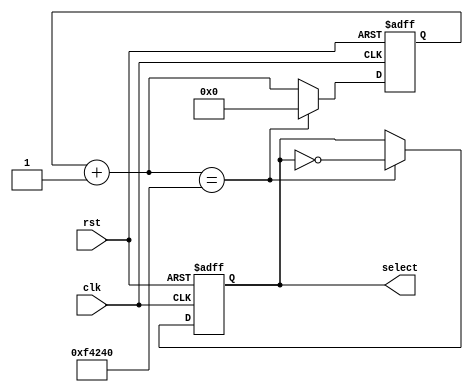
`timescale 1ns / 1ps
//////////////////////////////////////////////////////////////////////////////////
// Company: 
// Engineer: 
// 
// Design Name: 
// Module Name:    GrayCounter_System 
// Project Name: 
// Target Devices: 
// Tool versions: 
// Description: 
//
// Dependencies: 
//
// Revision: 
// Revision 0.01 - File Created
// Additional Comments: Instantiation of the GrayCounter_Nbits and GrayCounter_Pulse models
//
//////////////////////////////////////////////////////////////////////////////////

module num_selector(input clk, input rst, output reg select);
    
    parameter DELAY = 1000000; //10ms
    reg [19:0]counter;
    
    always @(posedge clk or posedge rst)begin
        
        if(rst)begin
            select = 0;
            counter = 20'b0;
        end
        else begin
            counter = counter + 20'b1;
            if(counter == DELAY) begin
                select = !select;
                counter = 20'b0;
            end
        end
    end
endmodule